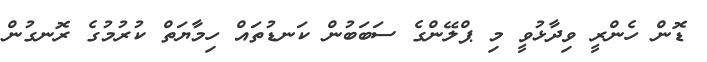
ޑޮން ހެންރީ ވިދާޅުވީ މި ޕްލޭންގެ ސަބަބުން ކަނޑުތައް ހިމާޔަތް ކުރުމުގެ ރޮނގުން